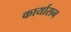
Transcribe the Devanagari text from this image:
कार्यासन